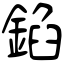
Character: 錎